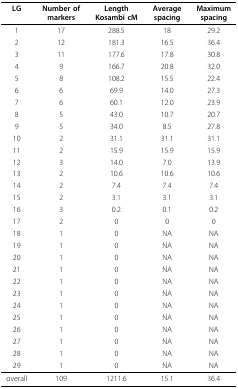
| LG | Number ofmarkers | LengthKosambi cM | Averagespacing | Maximumspacing |
 | --- | --- | --- | --- | --- |
 | 1 | 17 | 288.5 | 18 | 29.2 |
 | 2 | 12 | 181.3 | 16.5 | 36.4 |
 | 3 | 11 | 177.6 | 17.8 | 30.8 |
 | 4 | 9 | 166.7 | 20.8 | 32.0 |
 | 5 | 8 | 108.2 | 15.5 | 22.4 |
 | 6 | 6 | 69.9 | 14.0 | 27.3 |
 | 7 | 6 | 60.1 | 12.0 | 23.9 |
 | 8 | 5 | 43.0 | 10.7 | 20.7 |
 | 9 | 5 | 34.0 | 8.5 | 27.8 |
 | 10 | 2 | 31.1 | 31.1 | 31.1 |
 | 11 | 2 | 15.9 | 15.9 | 15.9 |
 | 12 | 3 | 14.0 | 7.0 | 13.9 |
 | 13 | 2 | 10.6 | 10.6 | 10.6 |
 | 14 | 2 | 7.4 | 7.4 | 7.4 |
 | 15 | 2 | 3.1 | 3.1 | 3.1 |
 | 16 | 3 | 0.2 | 0.1 | 0.2 |
 | 17 | 2 | 0 | 0 | 0 |
 | 18 | 1 | 0 | NA | NA |
 | 19 | 1 | 0 | NA | NA |
 | 20 | 1 | 0 | NA | NA |
 | 21 | 1 | 0 | NA | NA |
 | 22 | 1 | 0 | NA | NA |
 | 23 | 1 | 0 | NA | NA |
 | 24 | 1 | 0 | NA | NA |
 | 25 | 1 | 0 | NA | NA |
 | 26 | 1 | 0 | NA | NA |
 | 27 | 1 | 0 | NA | NA |
 | 28 | 1 | 0 | NA | NA |
 | 29 | 1 | 0 | NA | NA |
 | overall | 109 | 1211.6 | 15.1 | 36.4 |